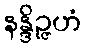
နန္ဒိဉ္ဇဟံ